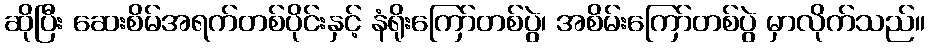
ဆိုပြီး ဆေးစိမ်အရက်တစ်ပိုင်းနှင့် နံရိုးကြော်တစ်ပွဲ၊ အစိမ်းကြော်တစ်ပွဲ မှာလိုက်သည်။